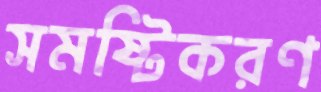
সমষ্টিকরণ